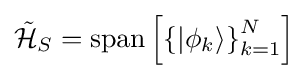
{\textstyle {\mathcal {\tilde {H}}}_{S}=\operatorname {span} \left[\left\{|\phi _{k}\rangle \right\}_{k=1}^{N}\right]}